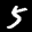
Label: 5